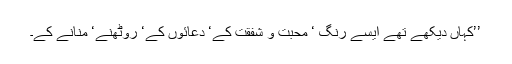
’’کہاں دیکھے تھے ایسے رنگ ‘ محبت و شفقت کے‘ دعائوں کے‘ روٹھنے‘ منانے کے۔